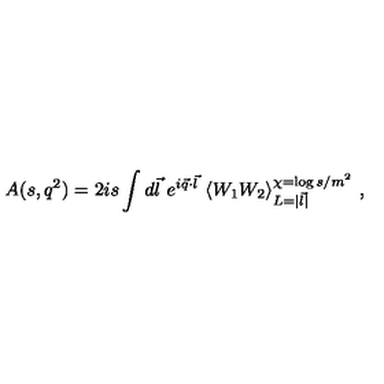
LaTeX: A ( s , q ^ { 2 } ) = 2 i s \int d \vec { l } \ e ^ { i \vec { q } \cdot \vec { l } } \ \langle W _ { 1 } W _ { 2 } \rangle _ { L = | \vec { l } | } ^ { \chi = \log s / m ^ { 2 } } \ ,